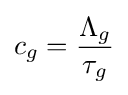
c_{g}={\frac {\Lambda _{g}}{\tau _{g}}}